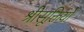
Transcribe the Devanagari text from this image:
श्रीसूक्तियों